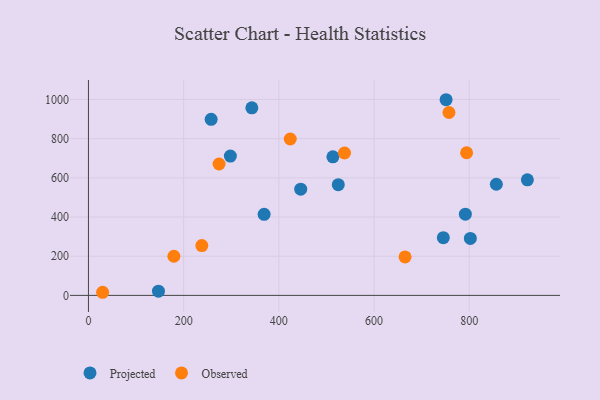
{"axis": {"x": "Price", "y": "Fuel Efficiency"}, "legend": ["Observed", "Projected"], "data": [{"x": "791.9", "y": 414.7, "type": "Projected"}, {"x": "922.2", "y": 589.6, "type": "Projected"}, {"x": "857.0", "y": 567.3, "type": "Projected"}, {"x": "751.4", "y": 998.6, "type": "Projected"}, {"x": "298.2", "y": 711.1, "type": "Projected"}, {"x": "446.0", "y": 542.3, "type": "Projected"}, {"x": "745.6", "y": 294.8, "type": "Projected"}, {"x": "147.1", "y": 21.5, "type": "Projected"}, {"x": "343.3", "y": 957.5, "type": "Projected"}, {"x": "802.4", "y": 290.6, "type": "Projected"}, {"x": "513.6", "y": 707.4, "type": "Projected"}, {"x": "257.8", "y": 898.4, "type": "Projected"}, {"x": "369.1", "y": 413.7, "type": "Projected"}, {"x": "524.9", "y": 565.2, "type": "Projected"}, {"x": "179.5", "y": 199.8, "type": "Observed"}, {"x": "665.2", "y": 196.4, "type": "Observed"}, {"x": "238.2", "y": 254.1, "type": "Observed"}, {"x": "274.4", "y": 670.5, "type": "Observed"}, {"x": "29.8", "y": 15.9, "type": "Observed"}, {"x": "757.4", "y": 933.5, "type": "Observed"}, {"x": "794.5", "y": 728.0, "type": "Observed"}, {"x": "538.0", "y": 726.6, "type": "Observed"}, {"x": "424.0", "y": 798.1, "type": "Observed"}]}